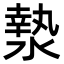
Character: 漐